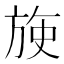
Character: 𬀈